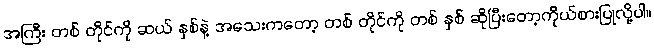
အကြီး တစ် တိုင်ကို ဆယ် နှစ်နဲ့ အသေးကတော့ တစ် တိုင်ကို တစ် နှစ် ဆိုပြီးတော့ကိုယ်စားပြုလို့ပါ။